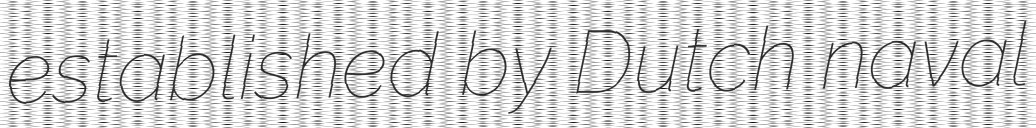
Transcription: established by Dutch naval